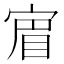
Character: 𡩏